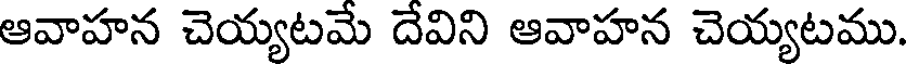
ఆవాహన చెయ్యటమే దేవిని ఆవాహన చెయ్యటము.